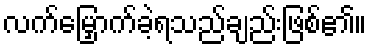
လက်မြှောက်ခဲ့ရသည်ချည်းဖြစ်၏။